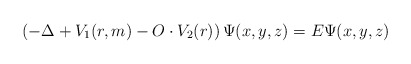
\begin{align*}\left( -\Delta +V_1(r,m)-O\cdot V_2(r)\right) \Psi (x,y,z)=E\Psi(x,y,z)\end{align*}